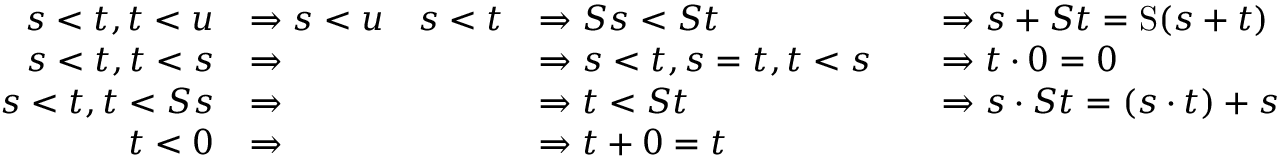
\begin{array} { r l r l r l } { s < t , t < u } & { \Rightarrow s < u } & { s < t } & { \Rightarrow S s < S t } & & { \Rightarrow s + S t = \mathrm { S } ( s + t ) } \\ { s < t , t < s } & { \Rightarrow } & & { \Rightarrow s < t , s = t , t < s } & & { \Rightarrow t \cdot 0 = 0 } \\ { s < t , t < S s } & { \Rightarrow } & & { \Rightarrow t < S t } & & { \Rightarrow s \cdot S t = ( s \cdot t ) + s } \\ { t < 0 } & { \Rightarrow } & & { \Rightarrow t + 0 = t } \end{array}